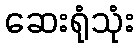
ဆေးရုံသုံး